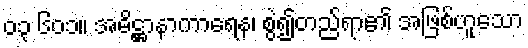
၀၃ ၆၀၁။ အဓိဋ္ဌာနာကာရေန၊ စွဲ၍တည်ရာ၏ အဖြစ်ဟူသော